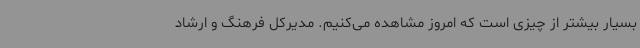
بسیار بیشتر از چیزی است که امروز مشاهده می‌کنیم. مدیرکل فرهنگ و ارشاد